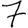
Digit: 7